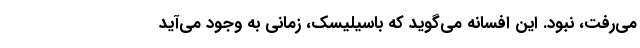
می‌رفت، نبود. این افسانه می‌گوید که باسیلیسک، زمانی به وجود می‌آید